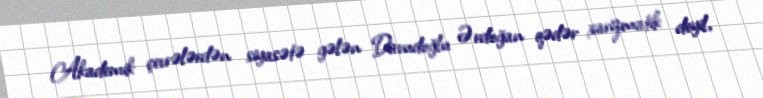
Akademik çevrələrdən siyasətə gələn Davudoğlu Ərdoğan qədər xarizmatik deyil,